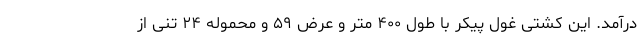
درآمد. این کشتی غول پیکر با طول ۴۰۰ متر و عرض ۵۹ و محموله ۲۴ تنی از